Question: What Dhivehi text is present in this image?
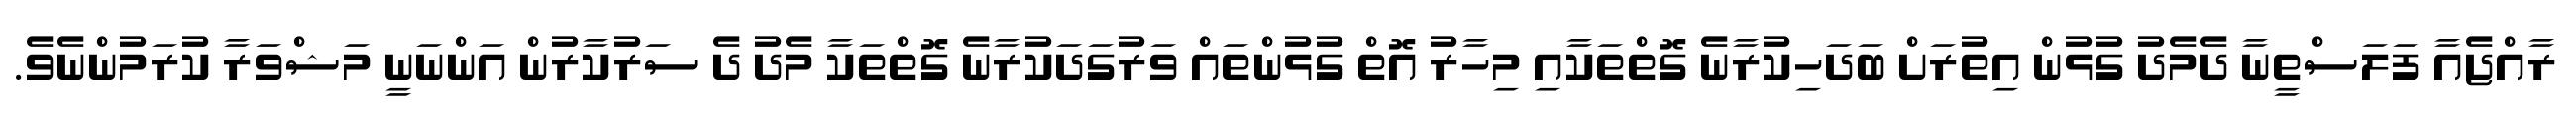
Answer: ރާއްޖެއާ ފަލަސްތީނާ ދެމެދު ގުޅުން އިތުރަށް ބަދަހިކުރާނެ ގޮތްތަކާއި މިހާރު އޮތް ގުޅުންތައް ވަރުގަދަކުރާނެ ގޮތްތަކާ މެދު ދެ ސަރުކާރުން އަންނަނީ މަޝްވަރާ ކުރަމުންނެވެ.